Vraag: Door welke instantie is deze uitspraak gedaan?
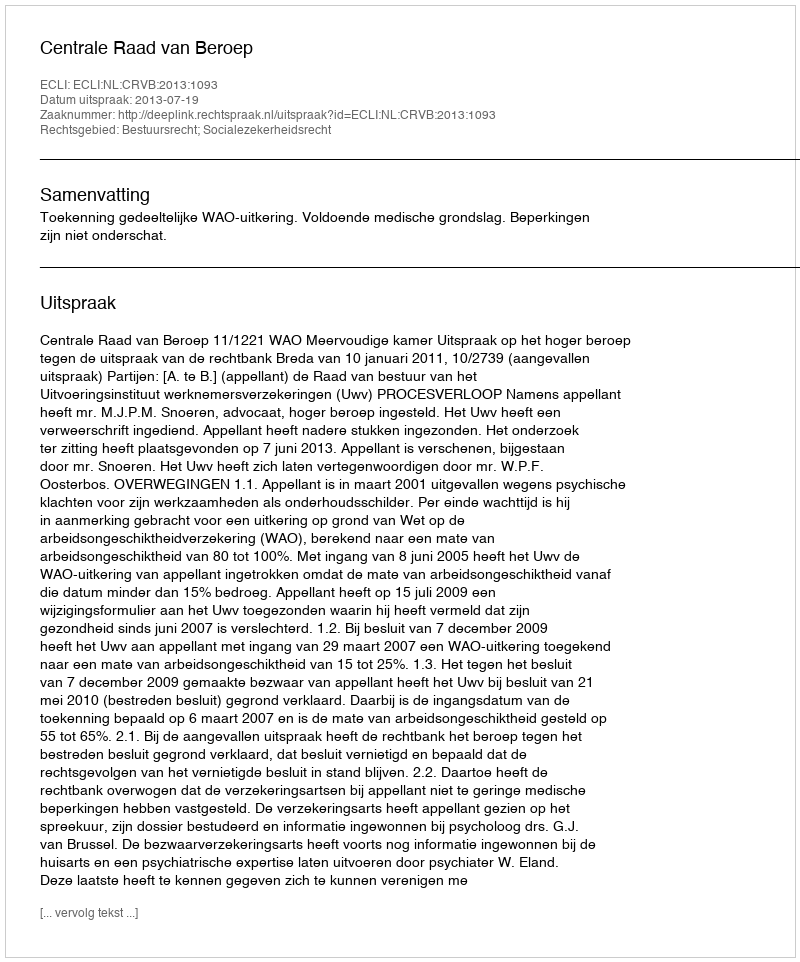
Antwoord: Centrale Raad van Beroep